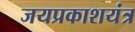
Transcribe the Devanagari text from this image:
जयप्रकाशयंत्र